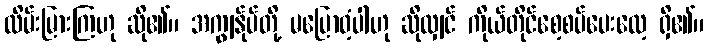
ထိမ်းမြားကြဟု ဆို၏။ အကျွန်ုပ်တို့ မပြောဝံ့ပါဟု ဆိုလျှင် ကိုယ်တိုင်စေ့စပ်ပေးလေ့ ရှိ၏။